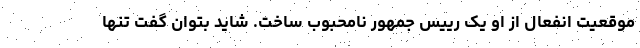
موقعیت انفعال از او یک رییس جمهور نامحبوب ساخت. شاید بتوان گفت تنها